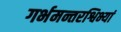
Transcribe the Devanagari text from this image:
गर्भमन्तरश्विभ्यां